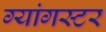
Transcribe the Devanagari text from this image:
ग्यांगस्टर